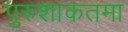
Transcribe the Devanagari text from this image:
पुरुशाकतमा